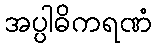
အပ္ပါဓိကရဏံ